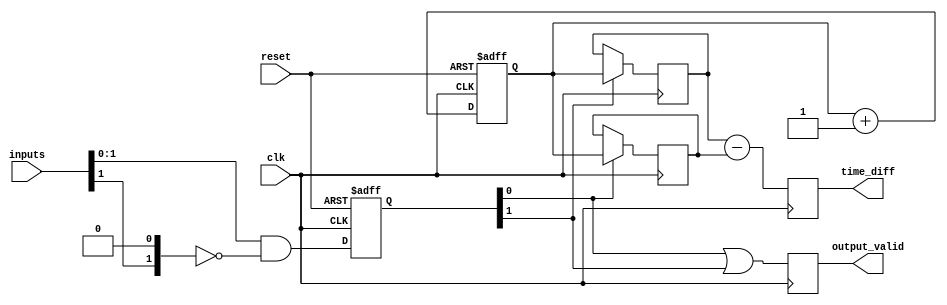
module TDC #(
    parameter NUM_INPUTS = 4,         // Number of input channels
    parameter TIME_COUNTER_WIDTH = 16, // Width of the time counter
    parameter TIMESTAMP_WIDTH = TIME_COUNTER_WIDTH // Width of the timestamp storage
) (
    input wire clk,                    // Clock signal
    input wire reset,                  // Reset signal
    input wire [NUM_INPUTS-1:0] inputs, // Event input channels
    output reg [TIMESTAMP_WIDTH-1:0] time_diff, // Time difference output
    output reg output_valid            // Output valid signal
);

    reg [TIME_COUNTER_WIDTH-1:0] time_counter; // Time counter
    reg [TIMESTAMP_WIDTH-1:0] timestamps [0:NUM_INPUTS-1]; // Timestamp storage
    reg [NUM_INPUTS-1:0] event_detected; // Event detection flags

    // Rising edge detection logic
    always @(posedge clk or posedge reset) begin
        if (reset) begin
            event_detected <= 0;
        end else begin
            event_detected <= inputs & ~{inputs[NUM_INPUTS-1:1], 1'b0}; // Detect rising edges
        end
    end

    // Time counter logic
    always @(posedge clk or posedge reset) begin
        if (reset) begin
            time_counter <= 0;
        end else begin
            time_counter <= time_counter + 1;
        end
    end

    // Timestamp storage logic
    integer i;
    always @(posedge clk) begin
        for (i = 0; i < NUM_INPUTS; i = i + 1) begin
            if (event_detected[i]) begin
                timestamps[i] <= time_counter; // Store timestamp on event detection
            end
        end
    end

    // Time difference calculation logic
    always @(posedge clk) begin
        // Example: Calculate time difference between input0 and input1
        // Adjust this logic based on your specific requirements for which inputs to compare
        time_diff <= timestamps[1] - timestamps[0]; // Time difference between channel 1 and 0
        output_valid <= (event_detected[0] || event_detected[1]); // Set valid if either event occurred
    end

endmodule